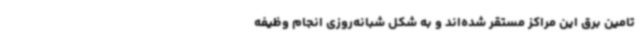
تامین برق این مراکز مستقر شده‌اند و به شکل شبانه‌روزی انجام وظیفه